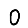
Digit: 0